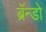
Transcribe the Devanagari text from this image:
ब्रॅन्डो